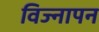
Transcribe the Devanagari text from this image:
विज्नापन